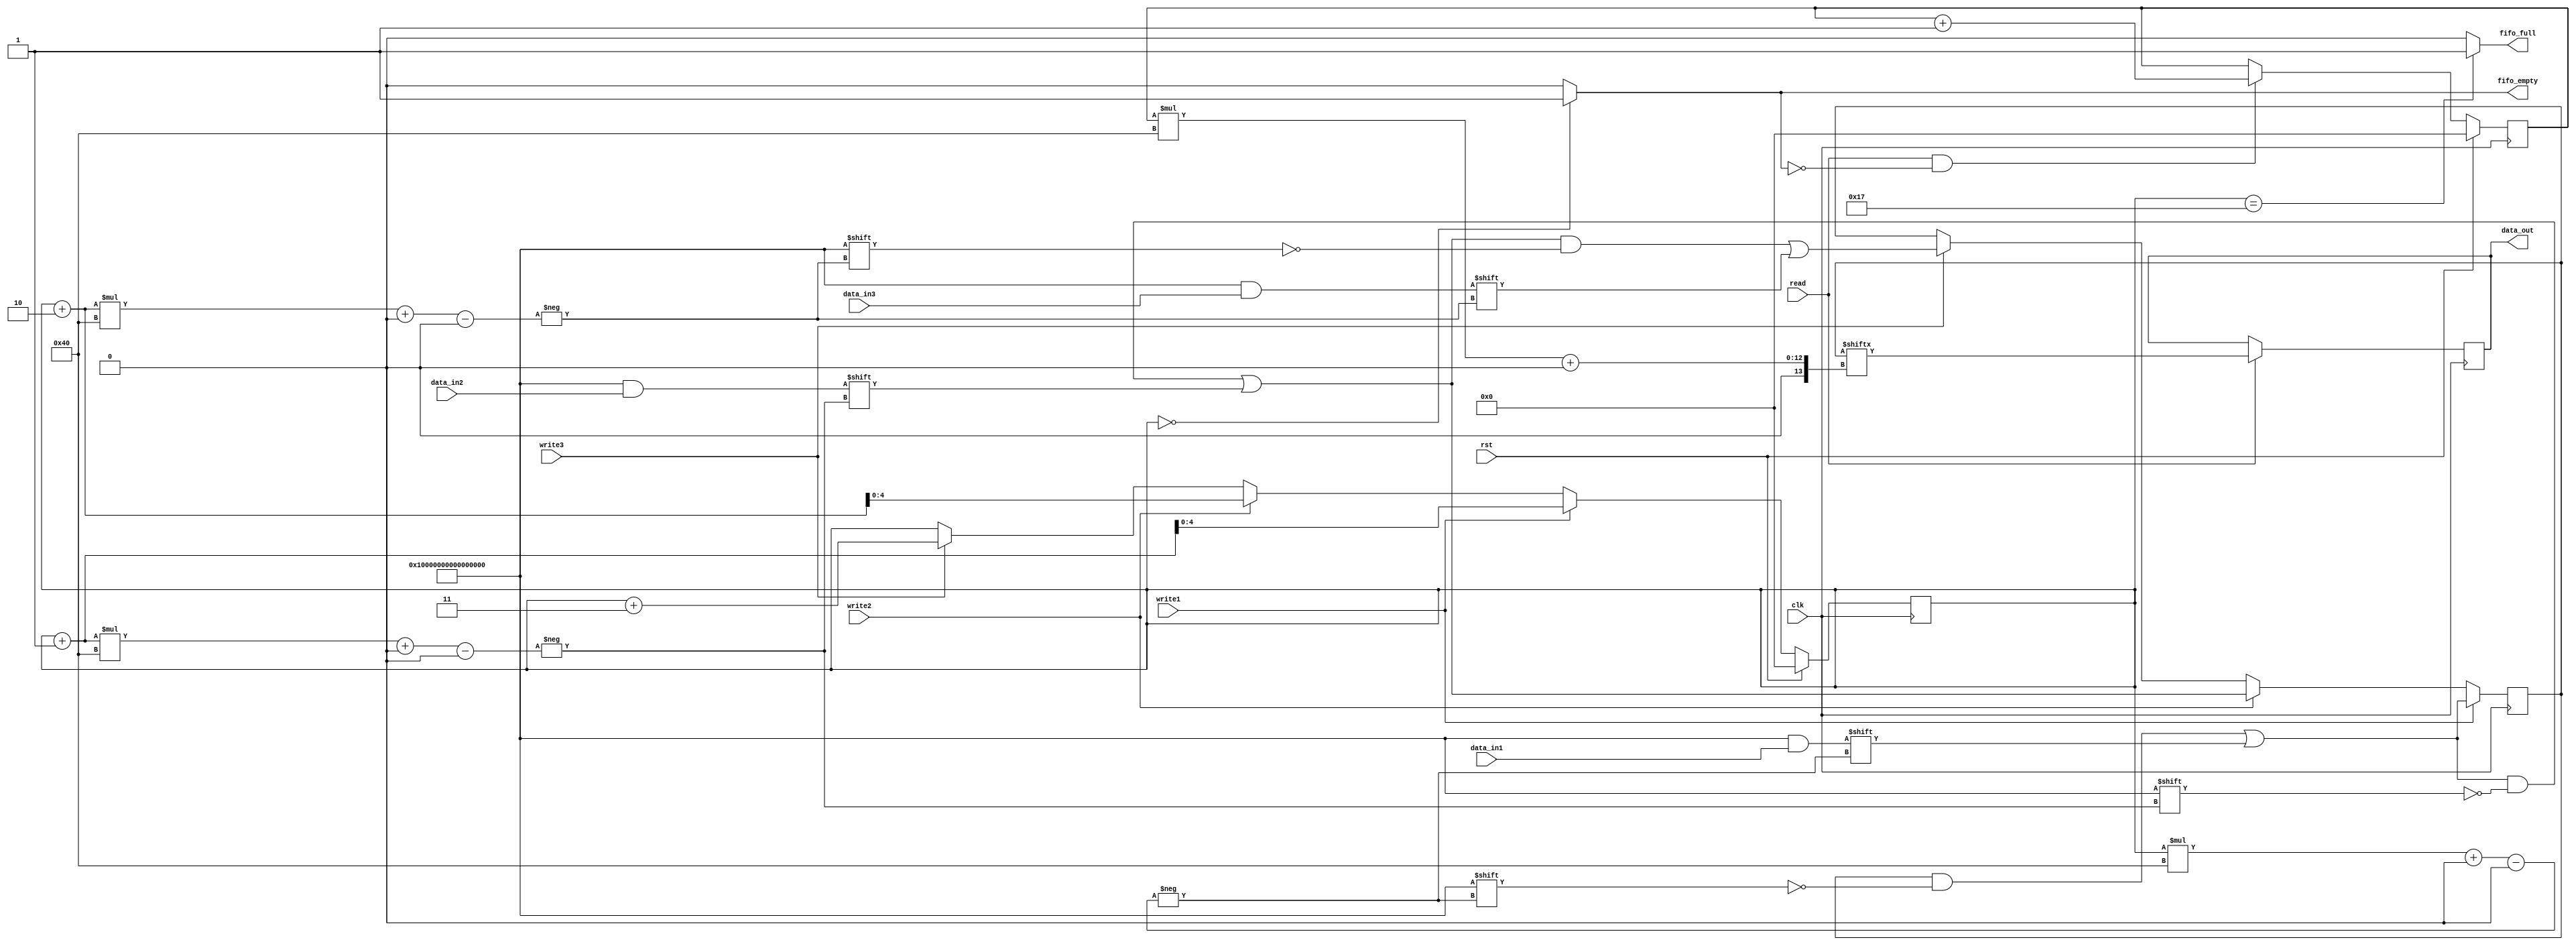


//`timescale 1ns / 1ps
`default_nettype none

module tri_ported_fifo #(
    parameter WIDTH = 64,
    parameter DEPTH = 24
)(
    input wire [WIDTH-1:0] data_in1,
    input wire [WIDTH-1:0] data_in2,
    input wire [WIDTH-1:0] data_in3,
    input wire clk,
    input wire rst,
    input wire write1,
    input wire write2,
    input wire write3,
    input wire read,
    output reg [WIDTH-1:0] data_out,
    output wire fifo_full,
    output wire fifo_empty
  //  output wire fifo_not_empty,
//    output wire fifo_not_full
);

    // memory will contain the FIFO data.
    // $clog2(DEPTH+1) == bits-to-address-DEPTH
    //reg [WIDTH-1:0] memory [0:$clog2(DEPTH+1)];
    reg [DEPTH*WIDTH-1:0] memory;
    // $clog2(DEPTH+1)-2 to count from 0 to DEPTH
    reg [$clog2(DEPTH)-1:0] write_ptr;
    reg [$clog2(DEPTH)-1:0] read_ptr;

    // Initialization
    initial begin

        // Init both write_cnt and read_cnt to 0
        write_ptr = 0;
        read_ptr = 0;

        // Display error if WIDTH is 0 or less.
        if ( WIDTH <= 0 ) begin
            $error("%m ** Illegal condition **, you used %d WIDTH", WIDTH);
        end
        // Display error if DEPTH is 0 or less.
        if ( DEPTH <= 0) begin
            $error("%m ** Illegal condition **, you used %d DEPTH", DEPTH);
        end

    end // end initial

    assign fifo_empty   = ( write_ptr == 0 ) ? 1'b1 : 1'b0;
    assign fifo_full    = ( write_ptr == (DEPTH-1) ) ? 1'b1 : 1'b0;
  //  assign fifo_not_empty = ~fifo_empty;
  //  assign fifo_not_full = ~fifo_full;

    always @ (posedge clk) begin
        if ( write1 ) begin
            memory[write_ptr*WIDTH+:WIDTH] <= data_in1;
            //memory[write_ptr] <= data_in;
        end else if (write2) begin
            memory[write_ptr*WIDTH+:WIDTH] <= data_in1;
            memory[(write_ptr+1)*WIDTH+:WIDTH] <= data_in2;
        end else if (write3) begin
            memory[write_ptr*WIDTH+:WIDTH] <= data_in1;
            memory[(write_ptr+1)*WIDTH+:WIDTH] <= data_in2;
            memory[(write_ptr+2)*WIDTH+:WIDTH] <= data_in3;
        end

        if ( read ) begin
            data_out <= memory[read_ptr*WIDTH+:WIDTH];
            //data_out <= memory[read_ptr];
        end

    end

    always @ ( posedge clk) begin
        if ( rst ) begin
          read_ptr <= 0;
          write_ptr <= 0;
        end
        else begin
        if ( write1 ) begin
            write_ptr <= write_ptr + 1;
        end else if (write2) begin
            write_ptr <= write_ptr + 2;
        end else if (write3) begin
            write_ptr <= write_ptr + 3;
        end

        if ( read && !fifo_empty) begin
            read_ptr <= read_ptr + 1;
        end
        end
    end


endmodule